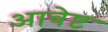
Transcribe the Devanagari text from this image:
आवेष्ट